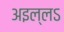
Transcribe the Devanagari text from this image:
अइल्लऽ